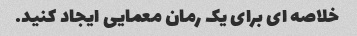
خلاصه ای برای یک رمان معمایی ایجاد کنید.